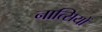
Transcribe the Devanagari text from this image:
नात्सियों